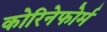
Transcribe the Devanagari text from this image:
कोरिनेफोर्म